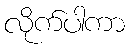
လိုက်ပါကာ